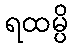
ရထမ္ပိ